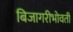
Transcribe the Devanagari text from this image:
बिजागरीभोवती